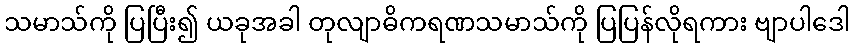
သမာသ်ကို ပြပြီး၍ ယခုအခါ တုလျာဓိကရဏသမာသ်ကို ပြပြန်လိုရကား ဗျာပါဒေါ